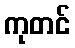
ကုတင်